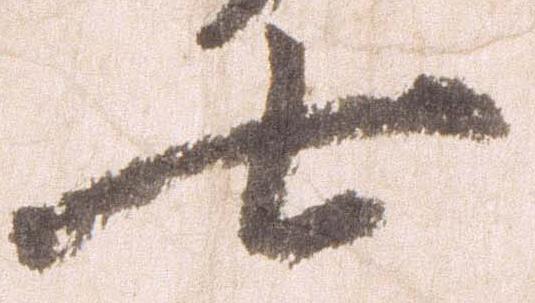
七